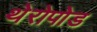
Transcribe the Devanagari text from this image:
थेरोपोड